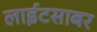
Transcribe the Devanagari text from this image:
लाईटसाबर